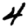
Digit: 4